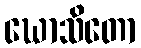
ဃောသိတော